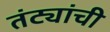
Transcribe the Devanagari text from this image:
तंट्यांची